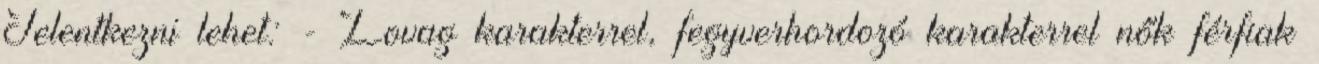
Jelentkezni lehet: - Lovag karakterrel, fegyverhordozó karakterrel nők férfiak